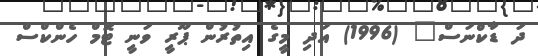
ދަ ޑާކްނަސް" (1996) އަދި މީގެ އިތުރުން ޕޫރީ ވަނީ ޓޮމް ހެންކްސް